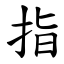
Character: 指